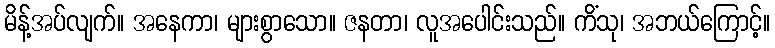
မိန့်အပ်လျက်။ အနေကာ၊ များစွာသော။ ဇနတာ၊ လူအပေါင်းသည်။ ကိံသု၊ အဘယ်ကြောင့်။